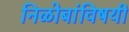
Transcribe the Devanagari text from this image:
निळोबांविषयी